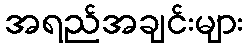
အရည်အချင်းများ